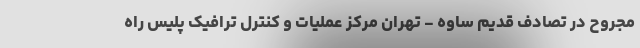
مجروح در تصادف قدیم ساوه - تهران مرکز عملیات و کنترل ترافیک پلیس راه